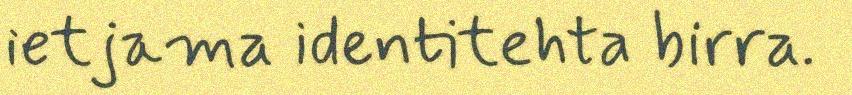
ietjama identitehta birra.